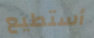
أستطيع